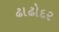
ઢાઢોદર